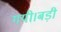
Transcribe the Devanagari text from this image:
गयी।बड़ी